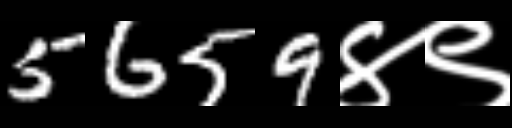
Text: 5659४९